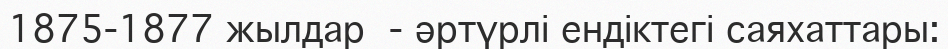
1875-1877 жылдар  - әртүрлі ендіктегі саяхаттары: